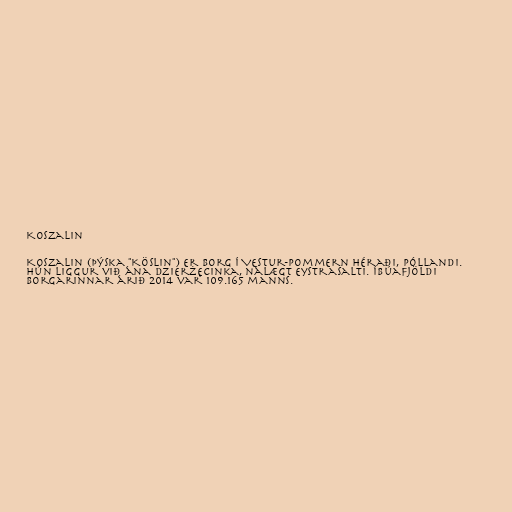
Koszalin

Koszalin (Þýska "Köslin") er borg í Vestur-Pommern héraði, Póllandi.
Hún liggur við ána Dzierżęcinka, nálægt Eystrasalti. Íbúafjöldi
borgarinnar árið 2014 var 109.165 manns.